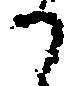
か